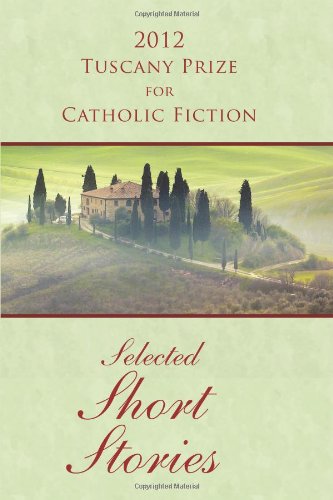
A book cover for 2012 Tuscany Prize for Catholic Fiction - Selected Short Stories; Joseph O'Brien; Christian Books & Bibles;